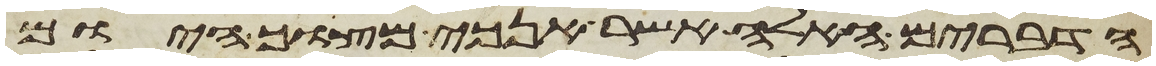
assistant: הדברים האלה אשר אנכי מצוך היום